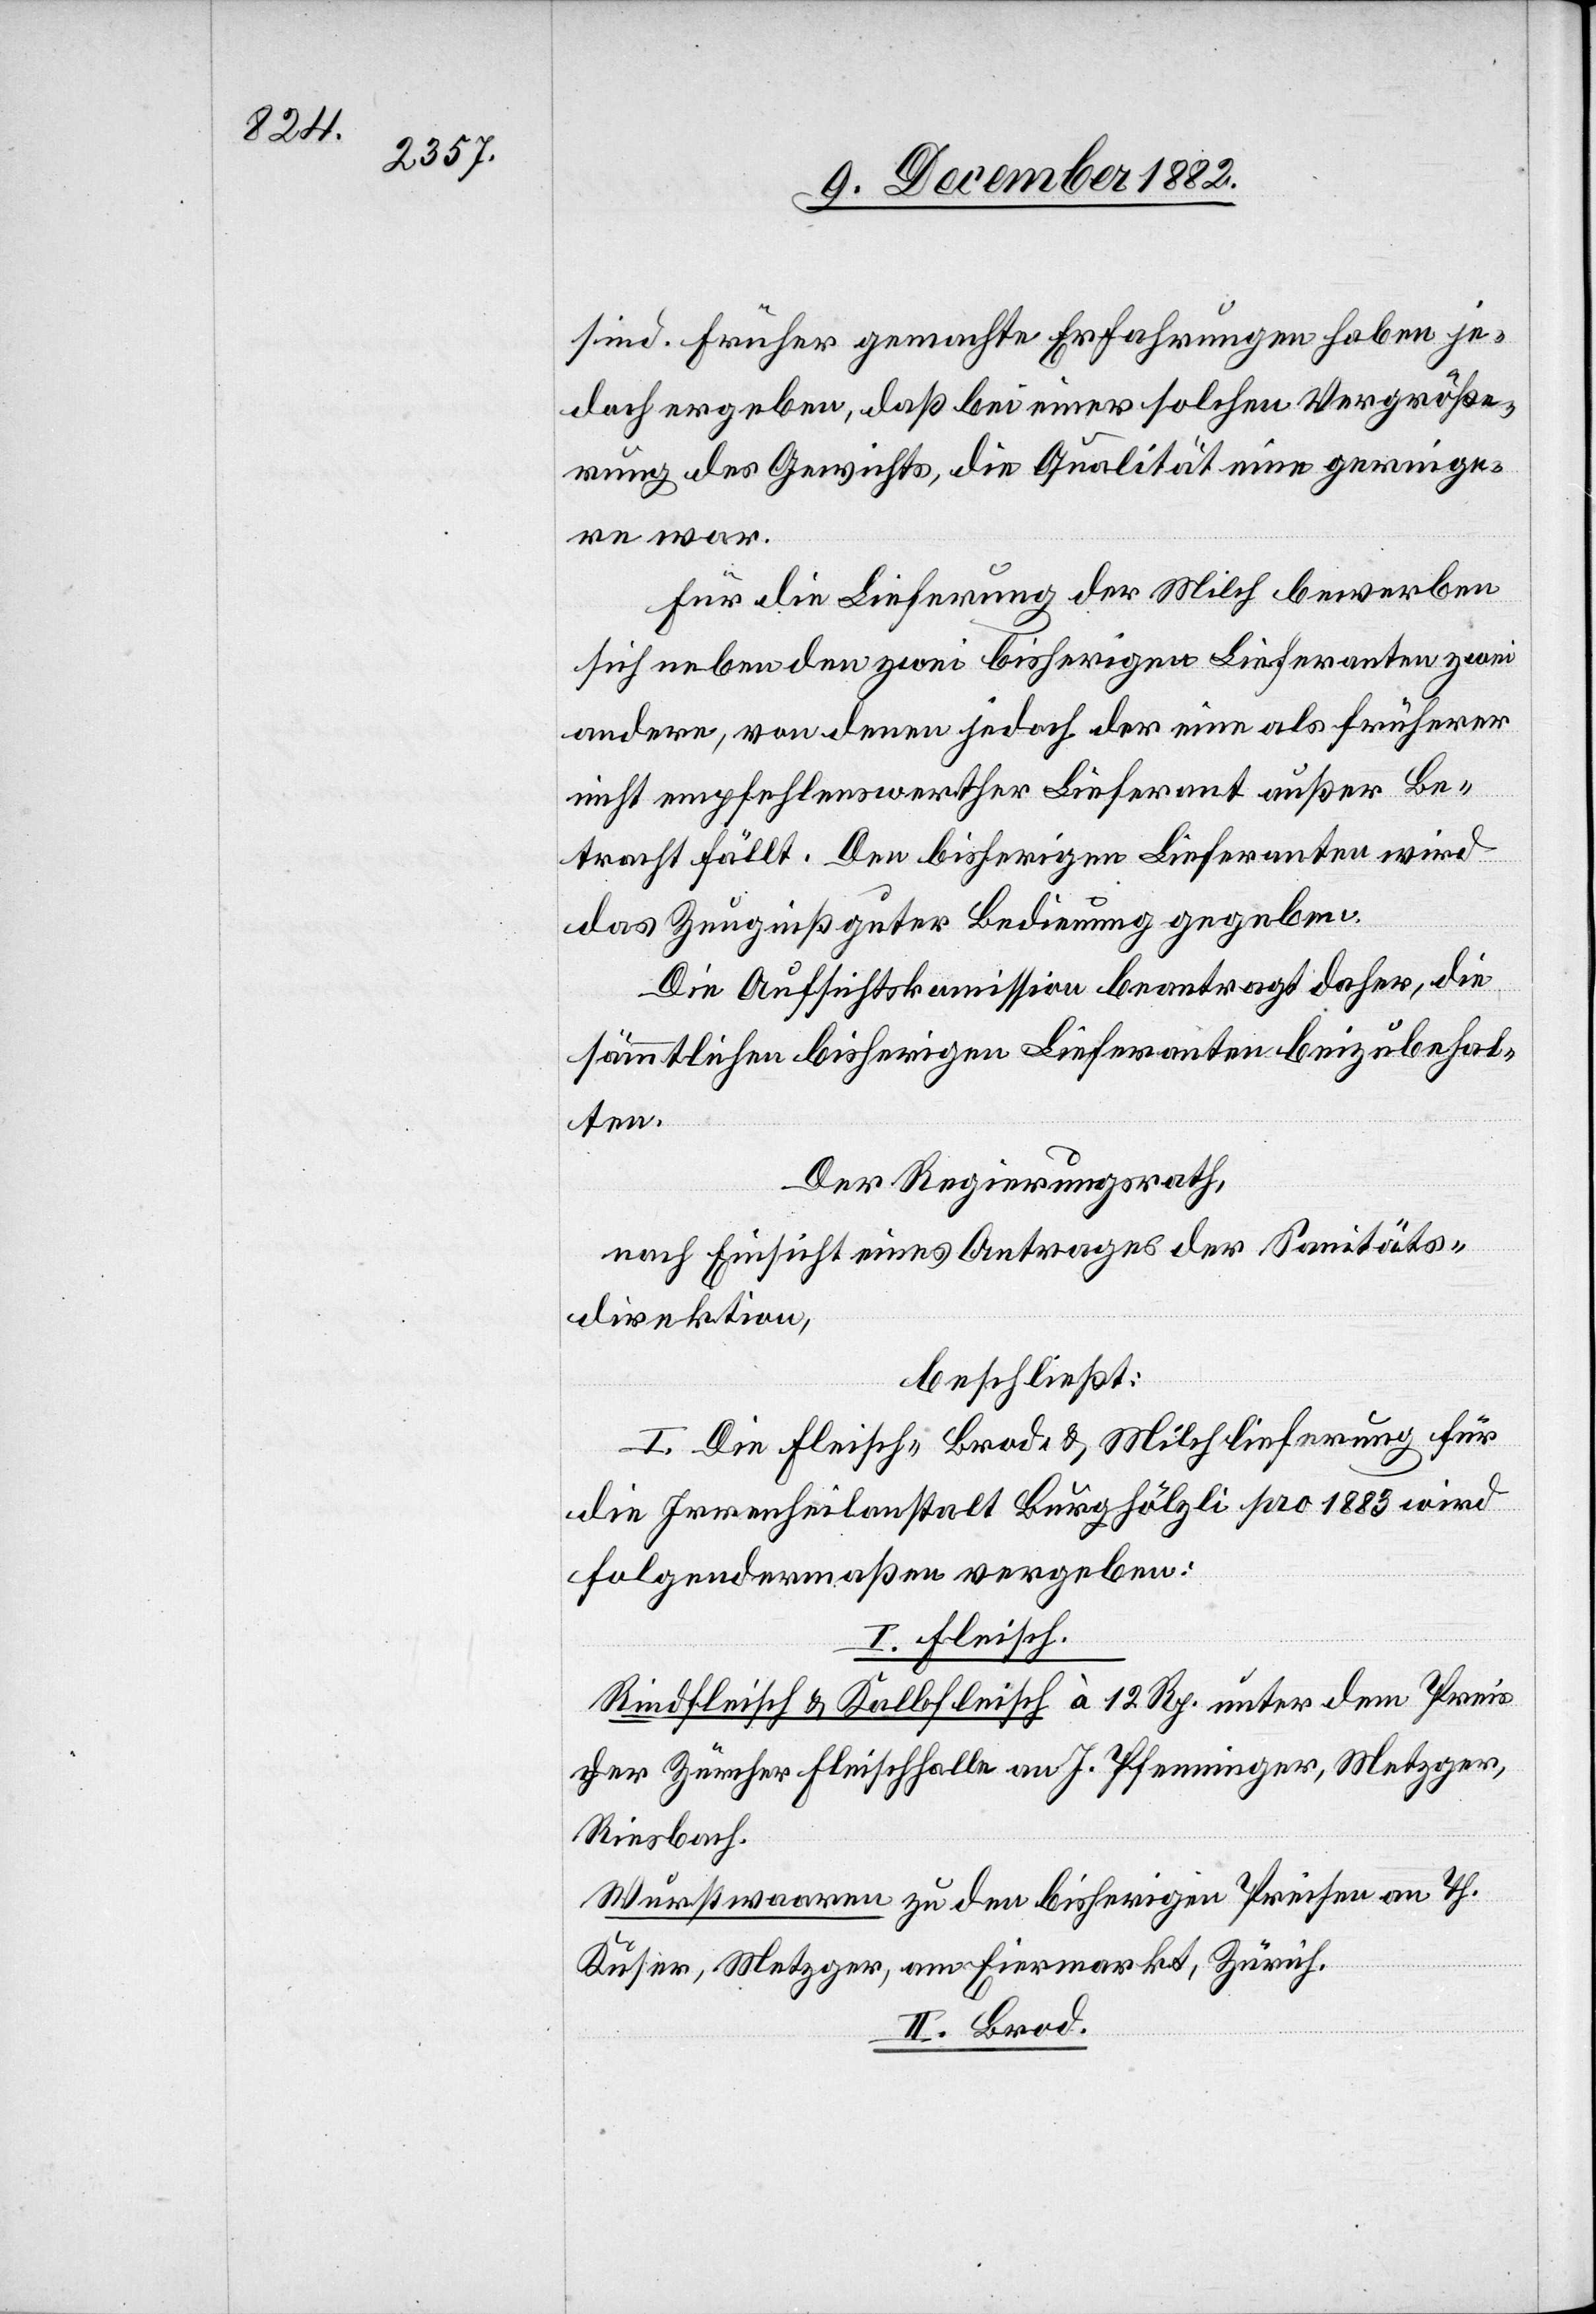
sind. Früher gemachte Erfahrungen haben je¬
doch ergeben, daß bei einer solchen Vergröße¬
rung des Gewichts, die Qualität eine gering¬
e war.
Für die Lieferung der Milch bewerben
sich neben den zwei bisherigen Lieferanten zwei
andere, von denen jedoch der eine als früherer
nicht empfehlenswerther Lieferant außer Be¬
tracht fällt. Den bisherigen Lieferanten wird
das Zeugniß guter Bedienung gegeben.
Die Aufsichtskommission beantragt daher, die
sämmtlichen bisherigen Lieferanten beizubehal¬
ten.
Der Regierungsrath,
nach Einsicht eines Antrages der Sanitäts¬
direktion,
beschließt:
I. Die Fleisch- Brod- & Milchlieferung für
die Irrenheilanstalt Burghölzli pro 1883 wird
folgendermaßen vergeben:
I. Fleisch.
Rindfleisch & Kalbfleisch à 12 Rp. unter dem Preis
der Zürcher Fleischhalle an J. Pfenninger, Metzger,
II. Brod.